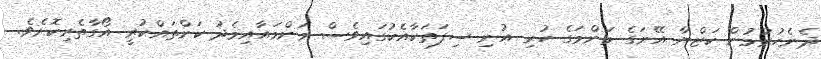
ދެނެހުރުމުން ކަޒްޔާ އޭނަގެ މަންމަގެ ހުރި އުނި ސިފަތަކާއެކުގައިވެސް މަންމައާއިމެދު ކަންތައްކުރީ އޯގާތެރިކޮށެވެ.